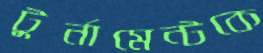
টুর্নামেন্টকে